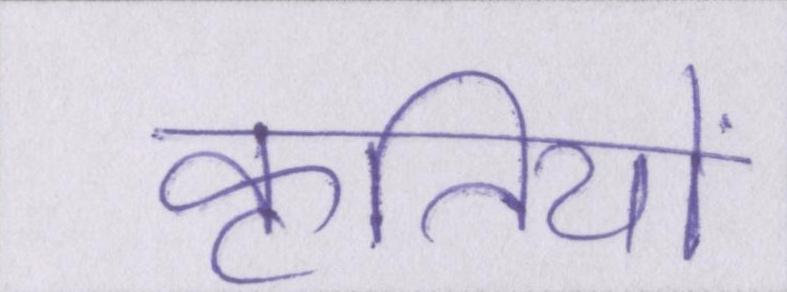
कृतियों